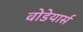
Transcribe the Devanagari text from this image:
वोडेयार्स